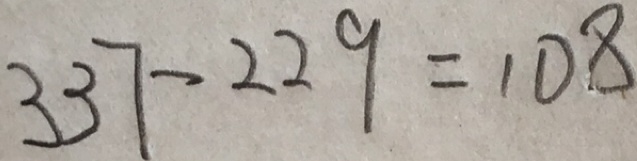
3 3 7 - 2 2 9 = 1 0 8